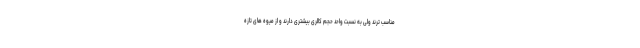
مناسب ترند ولی به نسبت واحد حجم کالری بیشتری دارند و از میوه های تازه